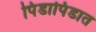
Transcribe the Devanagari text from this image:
पिंडापिंडात